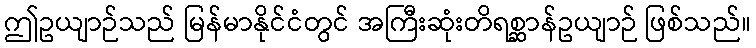
ဤဥယျာဉ်သည် မြန်မာနိုင်ငံတွင် အကြီးဆုံးတိရစ္ဆာန်ဥယျာဉ် ဖြစ်သည်။